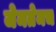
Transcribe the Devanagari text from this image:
जेमतेमच